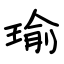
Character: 瑜